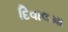
દિવાલમા